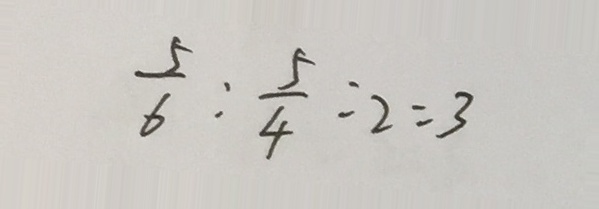
\frac { 5 } { 6 } : \frac { 5 } { 4 } = 2 = 3